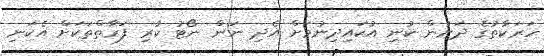
ހަރަކާތުގެ ދަށުން ކުނި އުކައިދިނުމަށް އެދި ނަން ނޯޓު ކުރި ފަރާތްތަކަށް އެކަނި